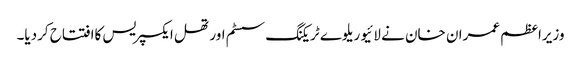
وزیراعظم عمران خان نے لائیو ریلوے ٹریکنگ سسٹم اور تھل ایکسپریس کاافتتاح کردیا۔